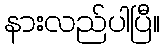
နားလည်ပါပြီ။